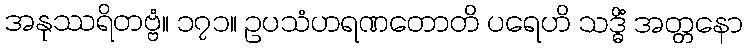
အနုဿရိတဗ္ဗံ။ ၁၇၁။ ဥပသံဟရဏတောတိ ပရေဟိ သဒ္ဓိံ အတ္တနော